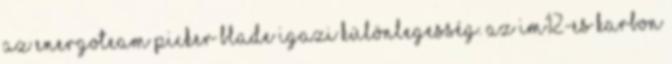
Az EnergoTeam Picker Blade igazi különlegesség. Az IM12-es karbon